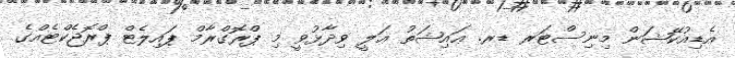
އެޑިއުކޭޝަން މިނިސްޓަރ ޑރ. ޢައިޝަތު ޢަލީ ވިދާޅުވީ މި ޕްރޮގްރާމް ޕައިލެޓް ޕްރޮޖެކްޓެއްގެ